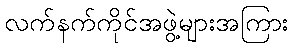
လက်နက်ကိုင်အဖွဲ့များအကြား